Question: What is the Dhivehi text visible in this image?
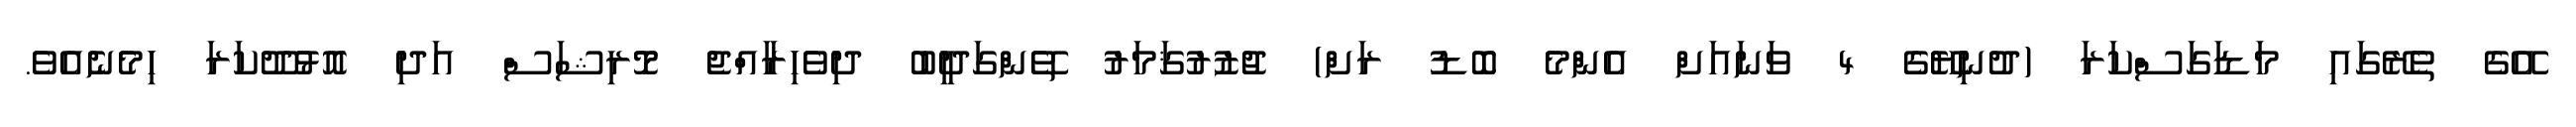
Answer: އޭގެ ތެރޭގައި މަޑަގަސްކަރަ (ދުނިޔޭގެ 4 ވަނައަށް އެންމެ ބޮޑު ރަށް) ޖުޒުރުޤަމަރު ތޭންގަދީބު ދިވެހިރާއްޖެ މޮރިޝަސް އަދި އޮޅުދޫކަރަ ހިމެނެއެވެ.